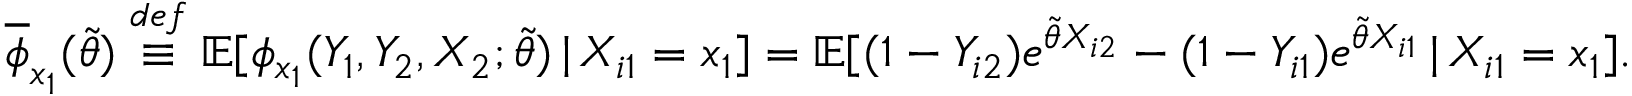
\overline { { \phi } } _ { x _ { 1 } } ( \widetilde { \theta } ) \overset { d e f } { \equiv } \mathbb { E } [ \phi _ { x _ { 1 } } ( Y _ { 1 } , Y _ { 2 } , X _ { 2 } ; \widetilde { \theta } ) \, | \, X _ { i 1 } = x _ { 1 } ] = \mathbb { E } [ ( 1 - Y _ { i 2 } ) e ^ { \widetilde { \theta } X _ { i 2 } } - ( 1 - Y _ { i 1 } ) e ^ { \widetilde { \theta } X _ { i 1 } } \, | \, X _ { i 1 } = x _ { 1 } ] .